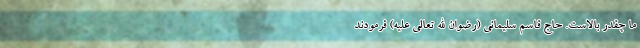
ما چقدر بالاست. حاج قاسم سلیمانی (رضوان الله تعالی علیه) فرمودند